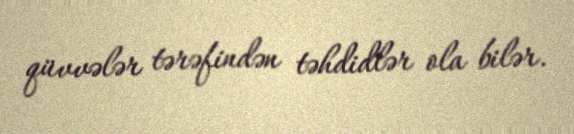
qüvvələr tərəfindən təhdidlər ola bilər.